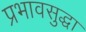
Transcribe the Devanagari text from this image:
प्रभावसुद्धा